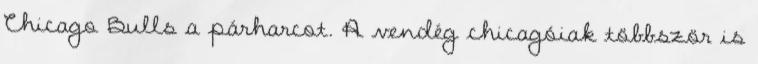
Chicago Bulls a párharcot. A vendég chicagóiak többször is